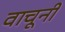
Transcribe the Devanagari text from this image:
वाचूनी